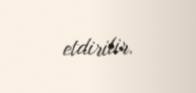
etdirilir.